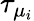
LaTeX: \tau_{\mu_{i}}